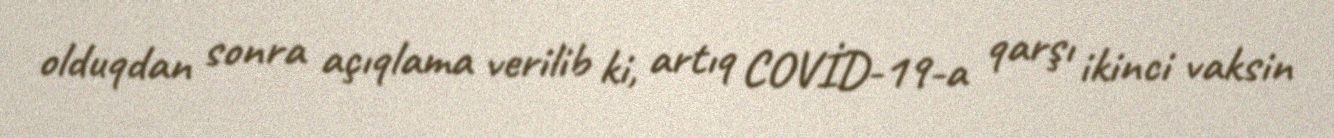
olduqdan sonra açıqlama verilib ki, artıq COVİD-19-a qarşı ikinci vaksin